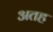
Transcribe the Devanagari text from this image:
अतह